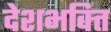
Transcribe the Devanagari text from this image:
देशभक्‍ित